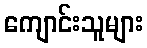
ကျောင်းသူများ